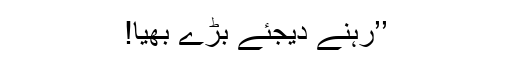
’’رہنے دیجئے بڑے بھیا!